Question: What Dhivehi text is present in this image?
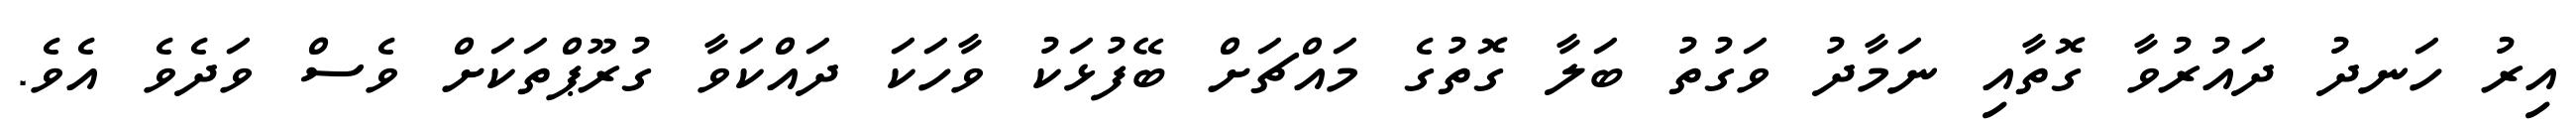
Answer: އިރު ހަނދު ދައުރުވާ ގޮތާއި ނަމާދު ވަގުތު ބަލާ ގޮތުގެ މައްޗަށް ބޭފުޅަކު ވާހަކަ ދައްކަވާ ގުރޫޕްތަކަށް ވެސް ވަދެވެ އެވެ.